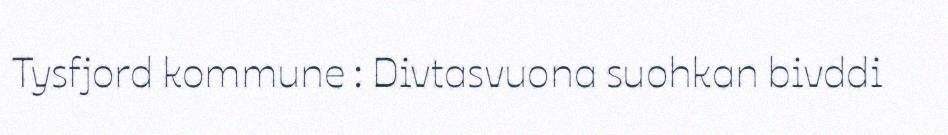
Tysfjord kommune : Divtasvuona suohkan bivddi